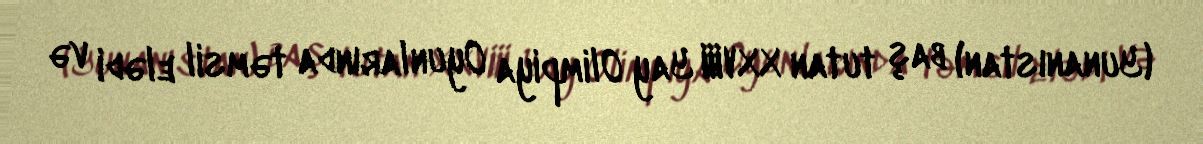
(Yunanıstan) baş tutan XXVIII Yay Olimpiya Oyunlarında təmsil elədi və